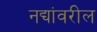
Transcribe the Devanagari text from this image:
नद्यांवरील